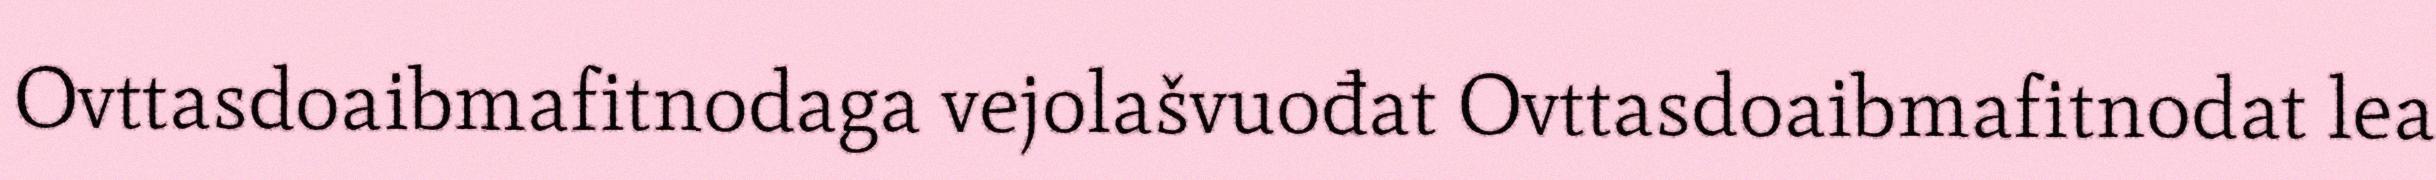
Ovttasdoaibmafitnodaga vejolašvuođat Ovttasdoaibmafitnodat lea